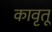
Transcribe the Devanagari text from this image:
कावृतू